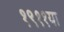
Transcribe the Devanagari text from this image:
१९११या